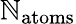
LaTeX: \mathbb{N}_{\textrm{{atoms}}}